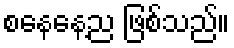
စနေနေ့ည ဖြစ်သည်။